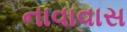
નાવાવાસ